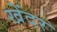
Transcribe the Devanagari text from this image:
खेंदर